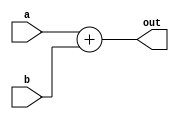
module adder(
input [63:0] a,
input [63:0] b,
output reg [63:0] out);

always@(*)
begin
	out = a+b;
end

endmodule